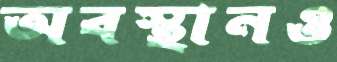
অবস্থানও